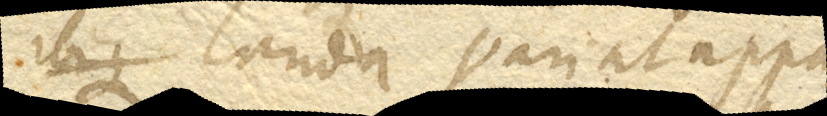
Ibique Cauda variat appa–